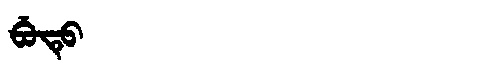
Manchu: ᠪᡠᡨᡠ
Romanization: BUTU